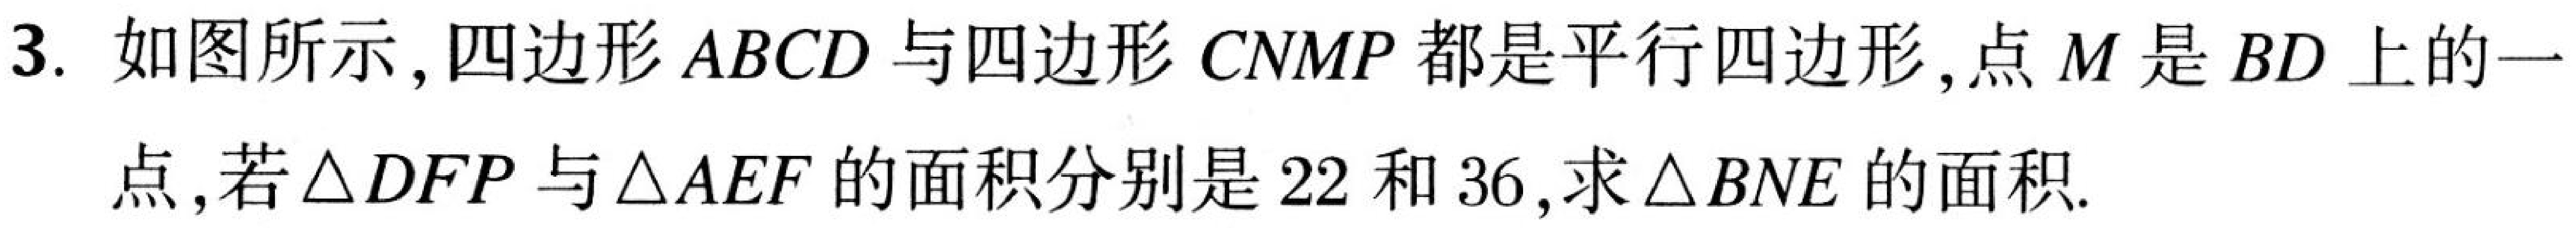
3. 如图所示,四边形 \(ABCD\) 与四边形 \(CNMP\) 都是平行四边形,点 \(M\) 是 \(BD\) 上的一
点,若\(\triangle DFP\)与\(\triangle AEF\)的面积分别是 \(22\) 和 \(36\),求\(\triangle BNE\)的面积.